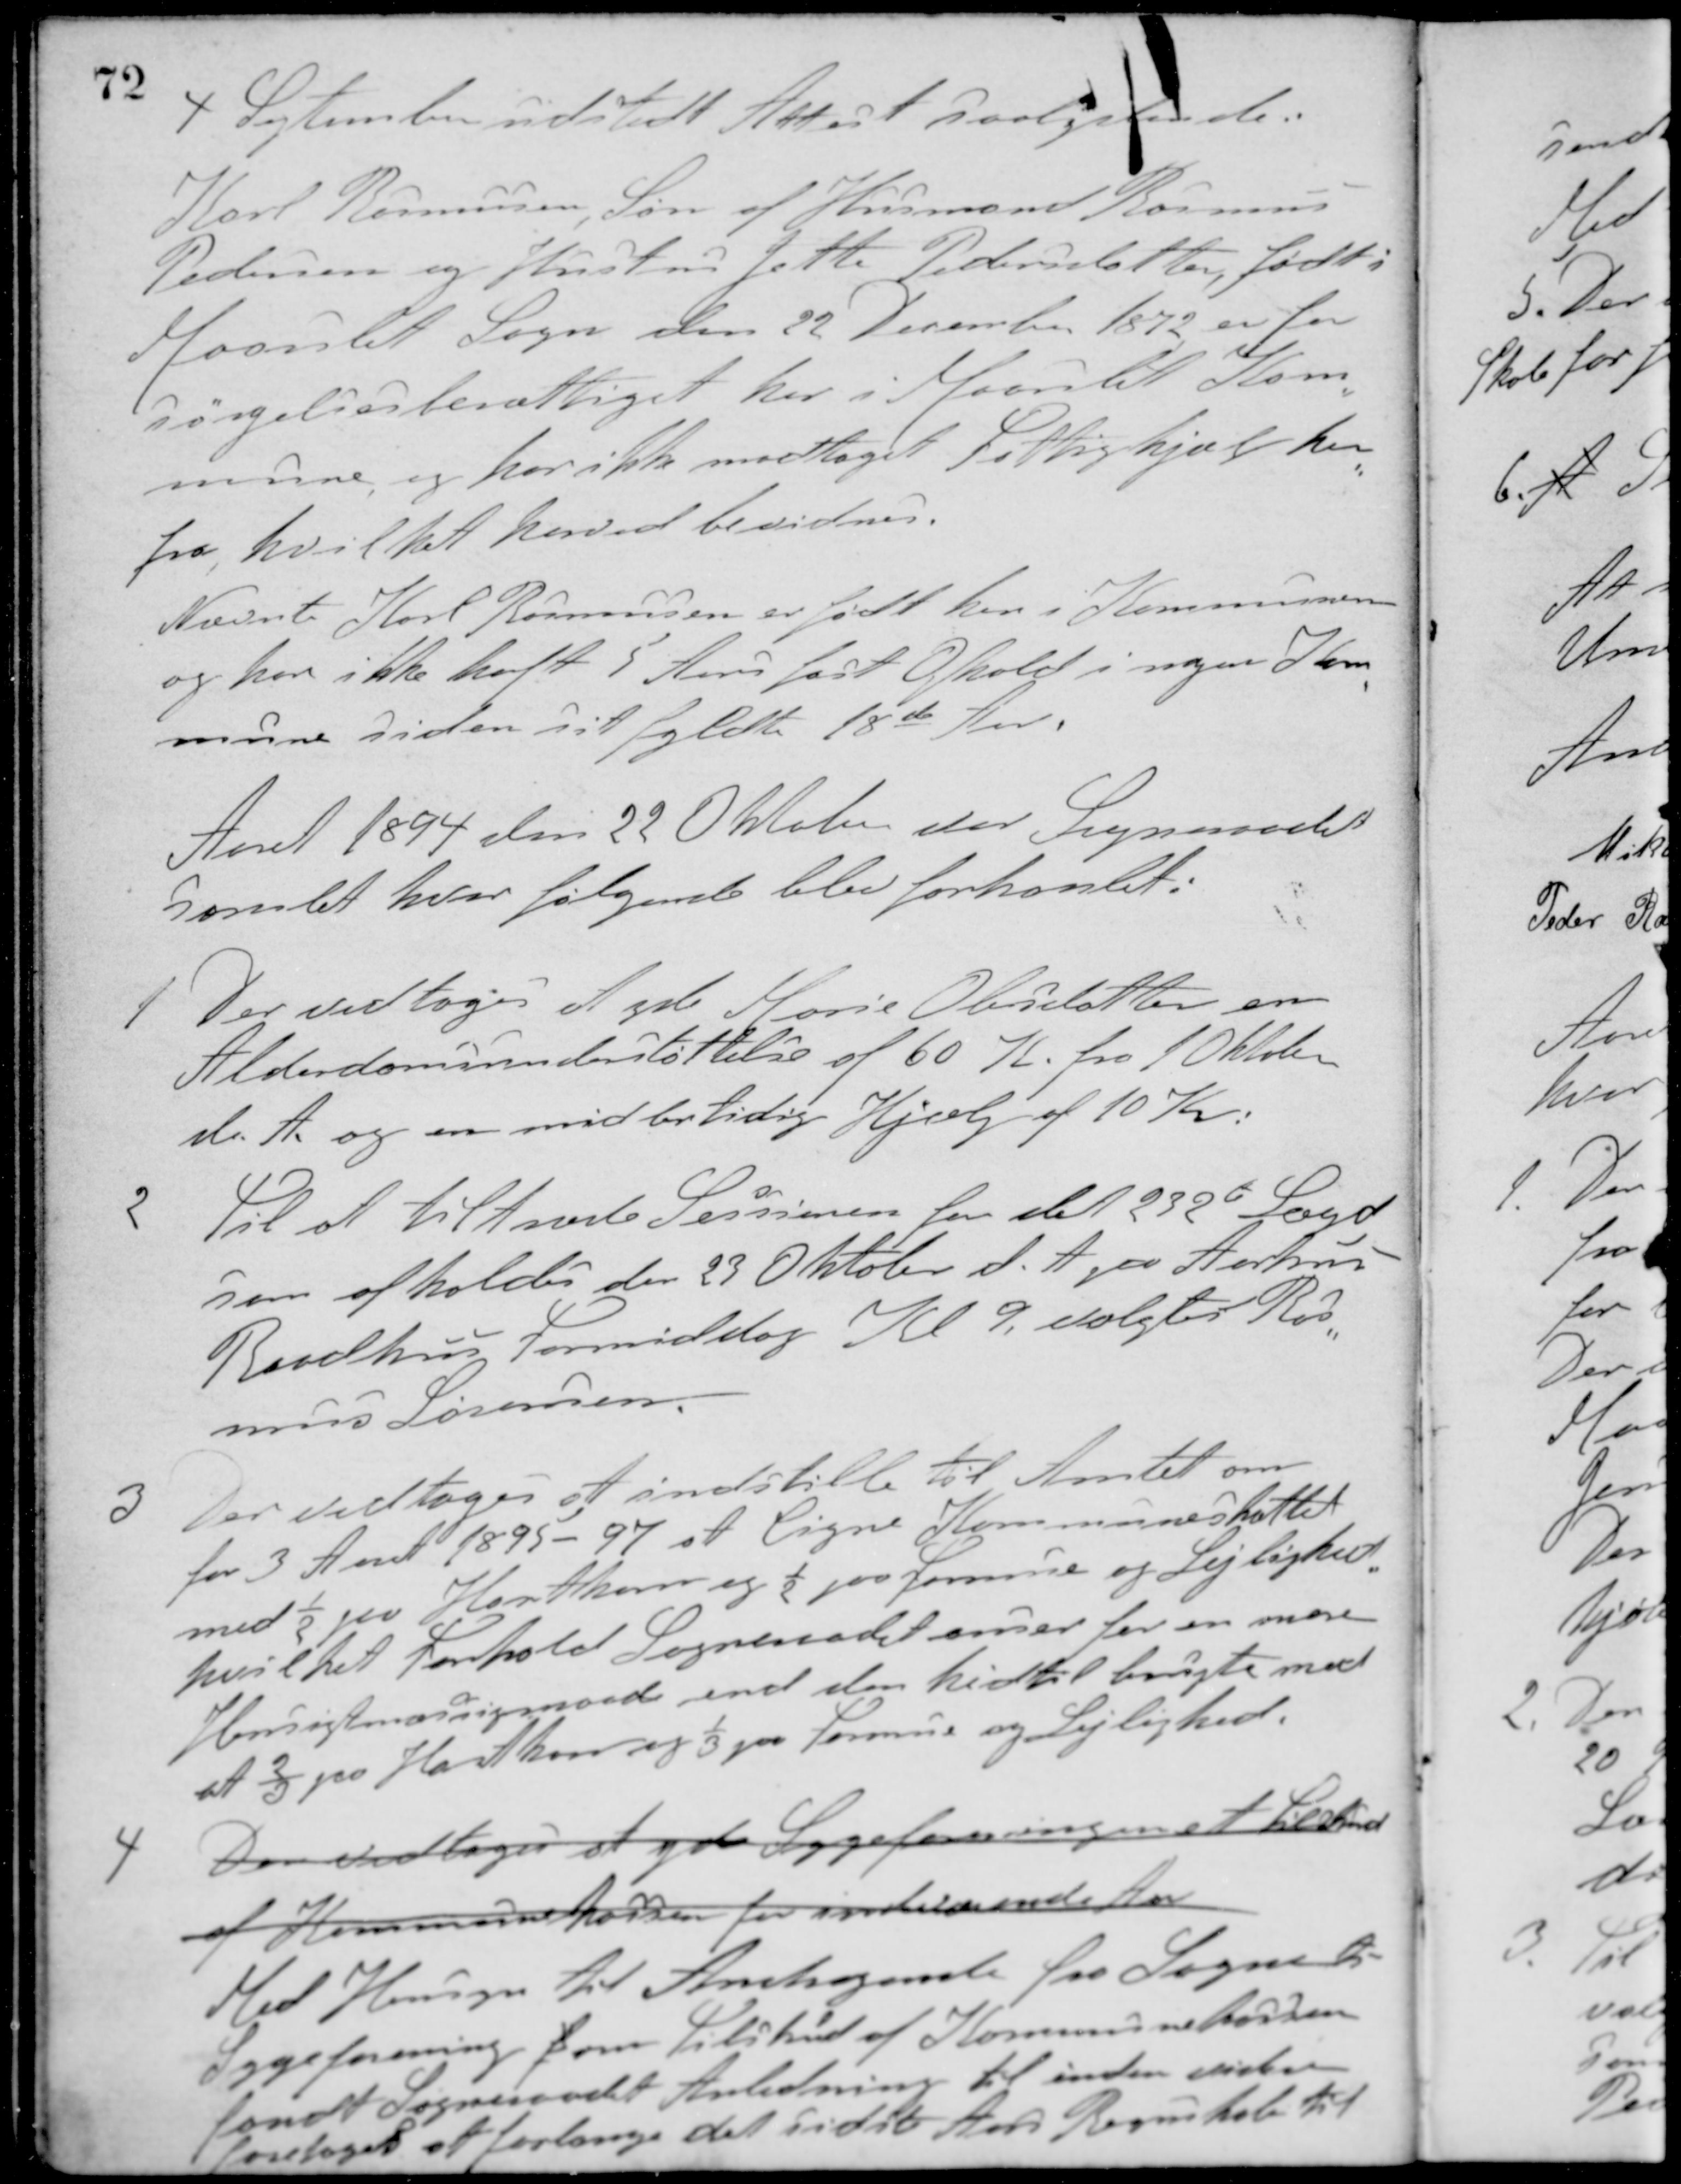
Transskription:
4 September udstedt Attest saalydende:
Karl Rasmussen, Søn af Husmand Rasmus
Pedersen og Hustru Jette Pedersdatter, født i
Maarslet Sogn den 22 December 1872 er for-
sørgelsesberettiget her i Maarslet Kom-
mune, og har ikke modtaget Fattighjælp her-
fra, hvilket herved bevidnes.
Nævnte Karl Rasmussen er født her i Kommunen
og har ikke haft 5 Aars fast Ophold i nogen Kom-
mune siden sit fyldte 18de Aar.
Aaret 1894 den 22 Oktober var Sogneraadet
Samlet hvor følgende blev forhandlet:
1 Der vedtoges at yde Marie Olesdatter en
Alderdomsunderstøttelse af 60 K fra 1 Oktober
d. A. og en midlertidig Hjælp af 10 Kr.
2 Til at tiltræde Sessionen for det 232de Lægd,
som afholdes den 23 Oktober d. A. paa Aarhus
Raadhus Formiddag Kl 9, valgtes Ras-
mus Sørensen.
3 Der vedtoges at indstille til Amtet om
for 3 Aaret 1895 - 97 at ligne Kommuneskattet
med ½ paa Hartkorn og ½ paa Formue og Lejlighed,
hvilket Forhold Sogneraadet anser for en mere
Hensigtmæssig maade end den hidtil brugte med
at 2/3 paa Hartkorn og 1/3 paa Formue og Lejlighed.
4 Der vedtoges at yde Sygeforeningen et tilskud
af Kommunekassen for indlagende Aar.
Med Hensyn til Andragende fra Sognets
Sygeforening f om Tilskud af Kommunekassen
fandt sogneraadet Anledning til inden videre
foretages at forlange det sidste Aars Regnskab til